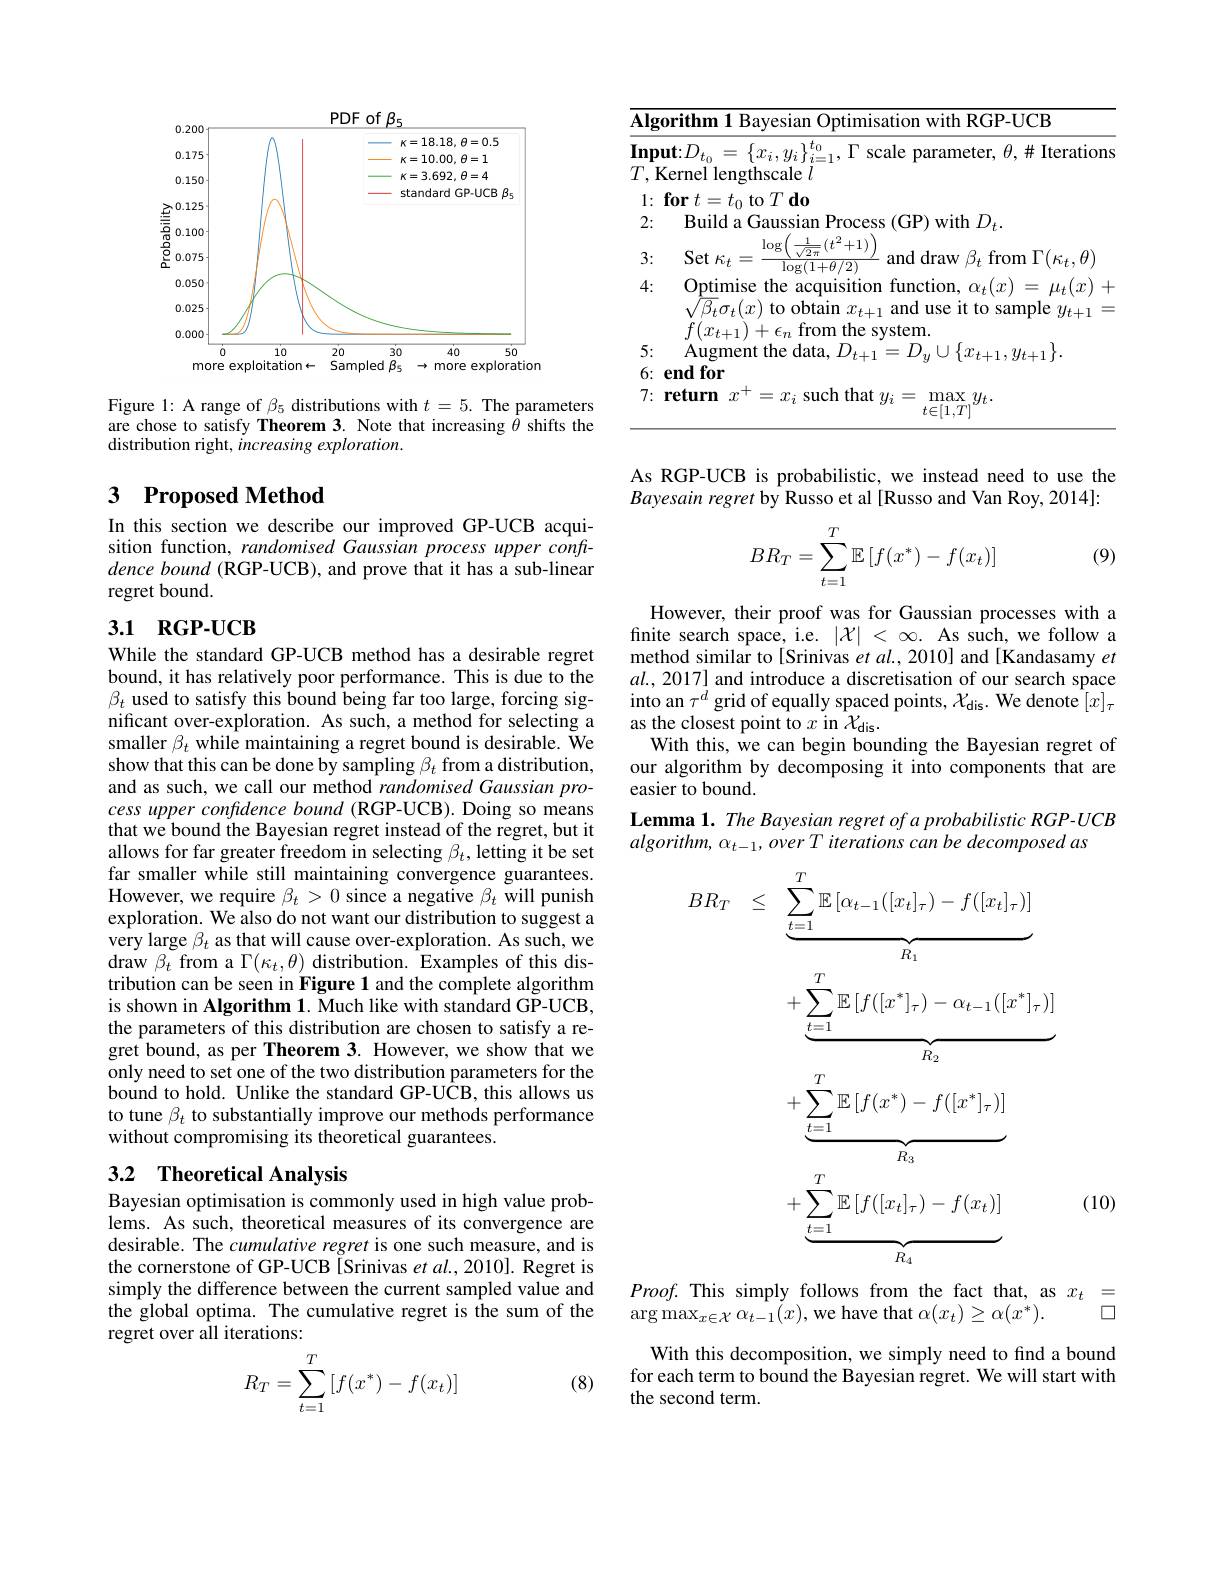
<FigureHere>

Figure 1: A range of $\beta_5$ distributions with $t=5.$ The parameters are chose to satisfy Theorem 3. Note that increasing $\hat{\theta}$ shifts the distribution right, increasing exploration.

## 3 $\textbf{Proposed Method}$

In this section we describe our improved GP-UCB acquisition function, randomised Gaussian process upper confi- $dence\textit{ bound ( RGP- UCB) , and prove that it has a sub- linear}$ regret bound.

## 3.1 RGP-UCB

While the standard GP-UCB method has a desirable regret bound, it has relatively poor performance. This is due to the $\beta_t$ used to satisfy this bound being far too large, forcing significant over-exploration. As such, a method for selecting a smaller $\beta_t$ while maintaining a regret bound is desirable. We show that this can be done by sampling $\beta_t$ from a distribution, and as such, we call our method randomised Gaussian process upper confidence bound (RGP-UCB). Doing so means that we bound the Bayesian regret instead of the regret, but it allows for far greater freedom in selecting $\beta_t$, letting it be set far smaller while still maintaining convergence guarantees. However, we require $\beta_t>0$ since a negative $\beta_t$ will punish exploration. We also do not want our distribution to suggest a very large $\beta_t$ as that will cause over-exploration. As such, we $\operatorname*{draw}\beta_{t}$ from a $\Gamma(\kappa_{t},\theta)$ distribution. Examples of this distribution can be seen in Figure 1 and the complete algorithm is shown in Algorithm 1. Much like with standard GP-UCB, the parameters of this distribution are chosen to satisfy a regret bound, as per Theorem 3. However, we show that we only need to set one of the two distribution parameters for the bound to hold. Unlike the standard GP-UCB, this allows us to tune $\beta_t$ to substantially improve our methods performance without compromising its theoretical guarantees.

## 3.2 Theoretical Analysis

Bayesian optimisation is commonly used in high value problems. As such, theoretical measures of its convergence are desirable. The cumulative regret is one such measure, and is the cornerstone of GP-UCB [Srinivas et al.,2010]. Regret is simply the difference between the current sampled value and the global optima. The cumulative regret is the sum of the regret over all iterations:
$$R_T=\sum\limits_{t=1}^T\left[f(x^*)-f(x_t)\right]$$
(8)

<table>
	<tbody>
		<tr>
			<td>$\overline{\mathbf{Alg}}$ -</td>
			<td>orithm 1 Bayesian Optimisation with RGP-UCB</td>
		</tr>
	</tbody>
</table>

As RGP-UCB is probabilistic, we instead need to use the Bayesain regret by Russo et al [Russo and Van Roy, 2014]:

(9)
$$BR_T=\sum_{t=1}^T\mathbb{E}\left[f(x^*)-f(x_t)\right]$$
However, their proof was for Gaussian processes with a finite search space, i.e. $|\mathcal{X}|<\infty.$ As such, we follow a method similar to[Srinivas et al., 2010] and [Kandasamy et $al.,2017]$ and introduce a discretisation of our search space into an $\tau^d$ grid of equally spaced points, $\mathcal{X}_\mathrm{dis.~We~denote~}[x]_\tau$ as the closest point to $x$ in $\hat{\mathcal{X}}_\mathrm{dis}.$
With this, we can begin bounding the Bayesian regret of our algorithm by decomposing it into components that are easier to bound.
Lemma 1. The Bayesian regret of a probabilistic RGP-UCB
$algorithm,\alpha_{t-1},overTiterationscanbedecomposedas$
$$\begin{aligned}BR_{T}&\leq\quad\underbrace{\sum_{t=1}^T\mathbb{E}\left[\alpha_{t-1}([x_t]_\tau)-f([x_t]_\tau)\right]}_{R_1}\\&+\underbrace{\sum_{t=1}^T\mathbb{E}\left[f([x^*]_\tau)-\alpha_{t-1}([x^*]_\tau)\right]}_{R_2}\\&+\underbrace{\sum_{t=1}^T\mathbb{E}\left[f(x^*)-f([x^*]_\tau)\right]}_{R_3}\\&+\underbrace{\sum_{t=1}^T\mathbb{E}\left[f([x_t]_\tau)-f(x_t)\right]}_{R_4}\end{aligned}$$
(10)

$Proof.$ This simply follows from the fact that, as $x_t=$
$\square$
$\arg\max_{x\in\mathcal{X}}\alpha_{t-1}(x)$,we have that $\alpha(x_t)\geq\alpha(x^*).$

With this decomposition, we simply need to find a bound for each term to bound the Bayesian regret. We will start with the second term.